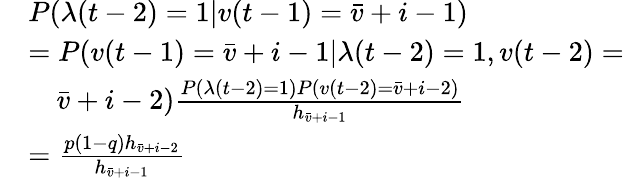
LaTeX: \begin{array}{rl}&{P(\lambda(t-2)=1|v(t-1)=\bar{v}+i-1)}\\ &{=P(v(t-1)=\bar{v}+i-1|\lambda(t-2)=1,v(t-2)=}\\ &{\quad\bar{v}+i-2)\frac{P(\lambda(t-2)=1)P(v(t-2)=\bar{v}+i-2)}{{h}_{\bar{v}+i-1}}}\\ &{=\frac{p(1-q){h}_{\bar{v}+i-2}}{{h}_{\bar{v}+i-1}}}\end{array}